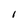
Character: 1